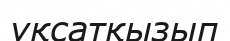
ұқсатқызып